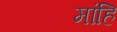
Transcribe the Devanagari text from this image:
मांहि